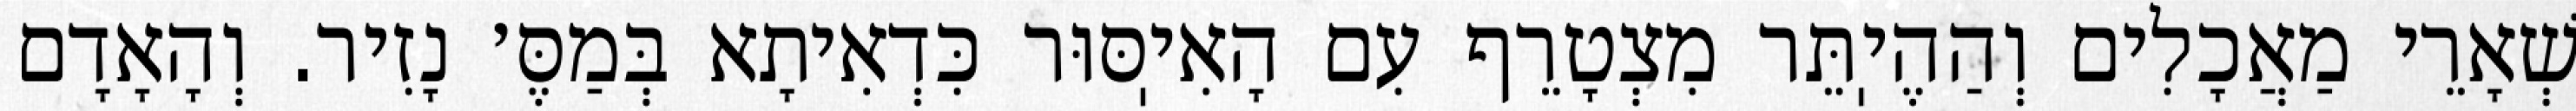
שְׁאָרֵי מַאֲכָלִים וְהַהֶיֽתֵּר מִצְטָרֵף עִם הָאִיֽסּוּר כִּדְאִיתָא בְּמַסֶּ׳ נָזִיר. וְהָאָדָם